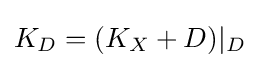
K_{D}=(K_{X}+D)|_{D}